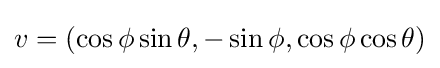
v=(\cos \phi \sin \theta ,-\sin \phi ,\cos \phi \cos \theta )